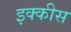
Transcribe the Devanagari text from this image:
इक्‍कीस